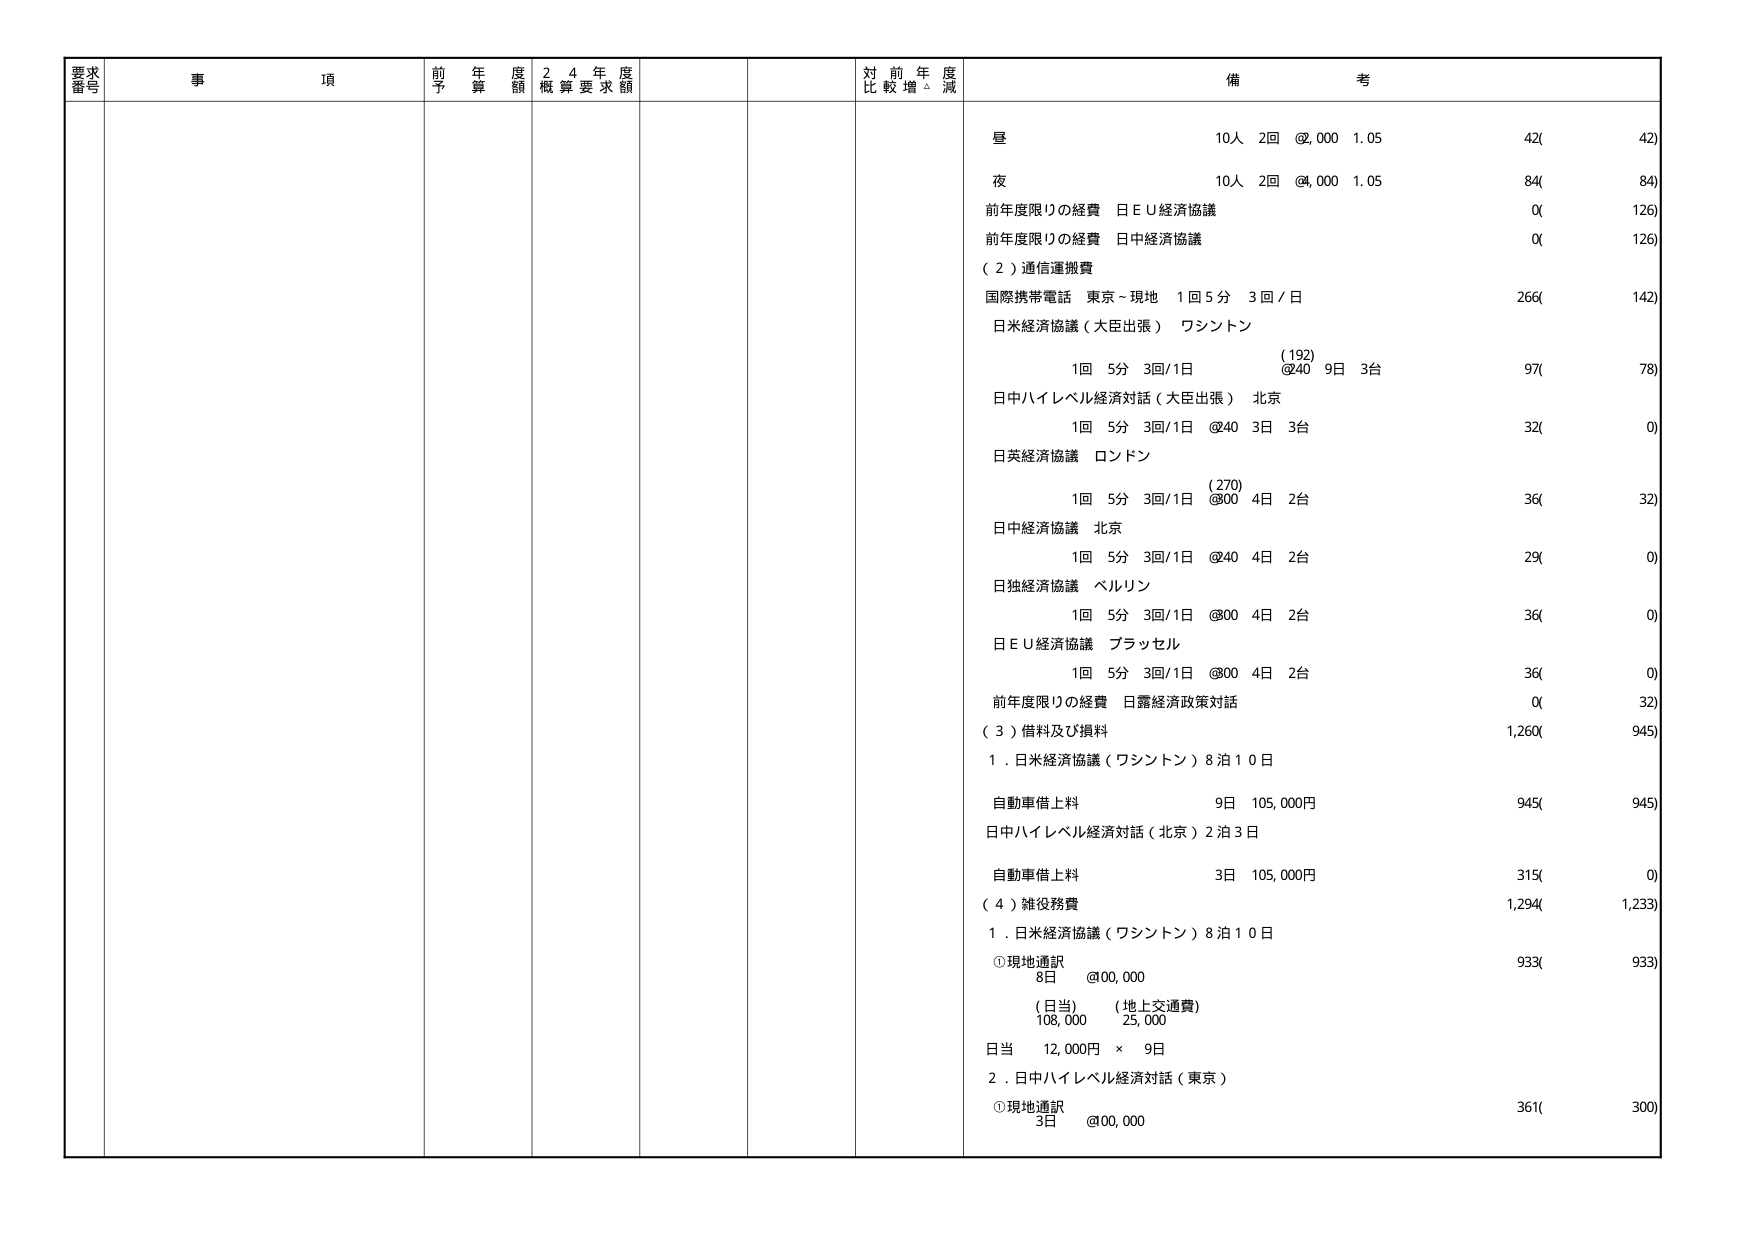
要求番号 事項 前年度予算額 24年度概算要求額 対前年度比較増減 備考
昼 10人 2回 @,000 1.05 42( 42)
夜 10人 2回 @,000 1.05 84( 84)
前年度限りの経費 日ＥＵ経済協議 0( 126)
前年度限りの経費 日中経済協議 0( 126)
（２）通信運搬費
国際携帯電話 東京～現地 1回5分 3回/日 266( 142)
日米経済協議（大臣出張） ワシントン
1回 5分 3回/1日 (192) @40 9日 3台 97( 78)
日中ハイレベル経済対話（大臣出張） 北京
1回 5分 3回/1日 @40 3日 3台 32( 0)
日英経済協議 ロンドン
1回 5分 3回/1日 (270) @00 4日 2台 36( 32)
日中経済協議 北京
1回 5分 3回/1日 @40 4日 2台 29( 0)
日独経済協議 ベルリン
1回 5分 3回/1日 @00 4日 2台 36( 0)
日ＥＵ経済協議 ブラッセル
1回 5分 3回/1日 @00 4日 2台 36( 0)
前年度限りの経費 日露経済政策対話 0( 32)
（３）借料及び損料 1,260( 945)
１．日米経済協議（ワシントン）8泊10日
自動車借上料 9日 105,000円 945( 945)
日中ハイレベル経済対話（北京）2泊3日
自動車借上料 3日 105,000円 315( 0)
（４）雑役務費 1,294( 1,233)
１．日米経済協議（ワシントン）8泊10日
①現地通訳 933( 933)
8日 @00,000
（日当） （地上交通費）
108,000 25,000
日当 12,000円 × 9日
２．日中ハイレベル経済対話（東京）
①現地通訳 361( 300)
3日 @00,000